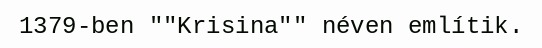
1379-ben ""Krisina"" néven említik.